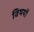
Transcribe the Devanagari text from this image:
विषयाें